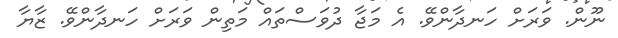
ނޫން. ވަރަށް ހަނދާންވޭ. އެ މަޖާ ދުވަސްތައް މަތިން ވަރަށް ހަނދާންވޭ. ޒާޔާ